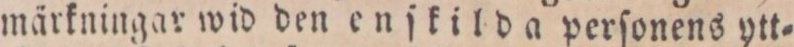
märkningar wid den enſkilda perſonens ytt=